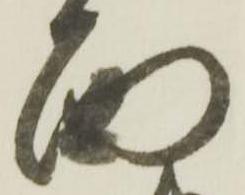
面